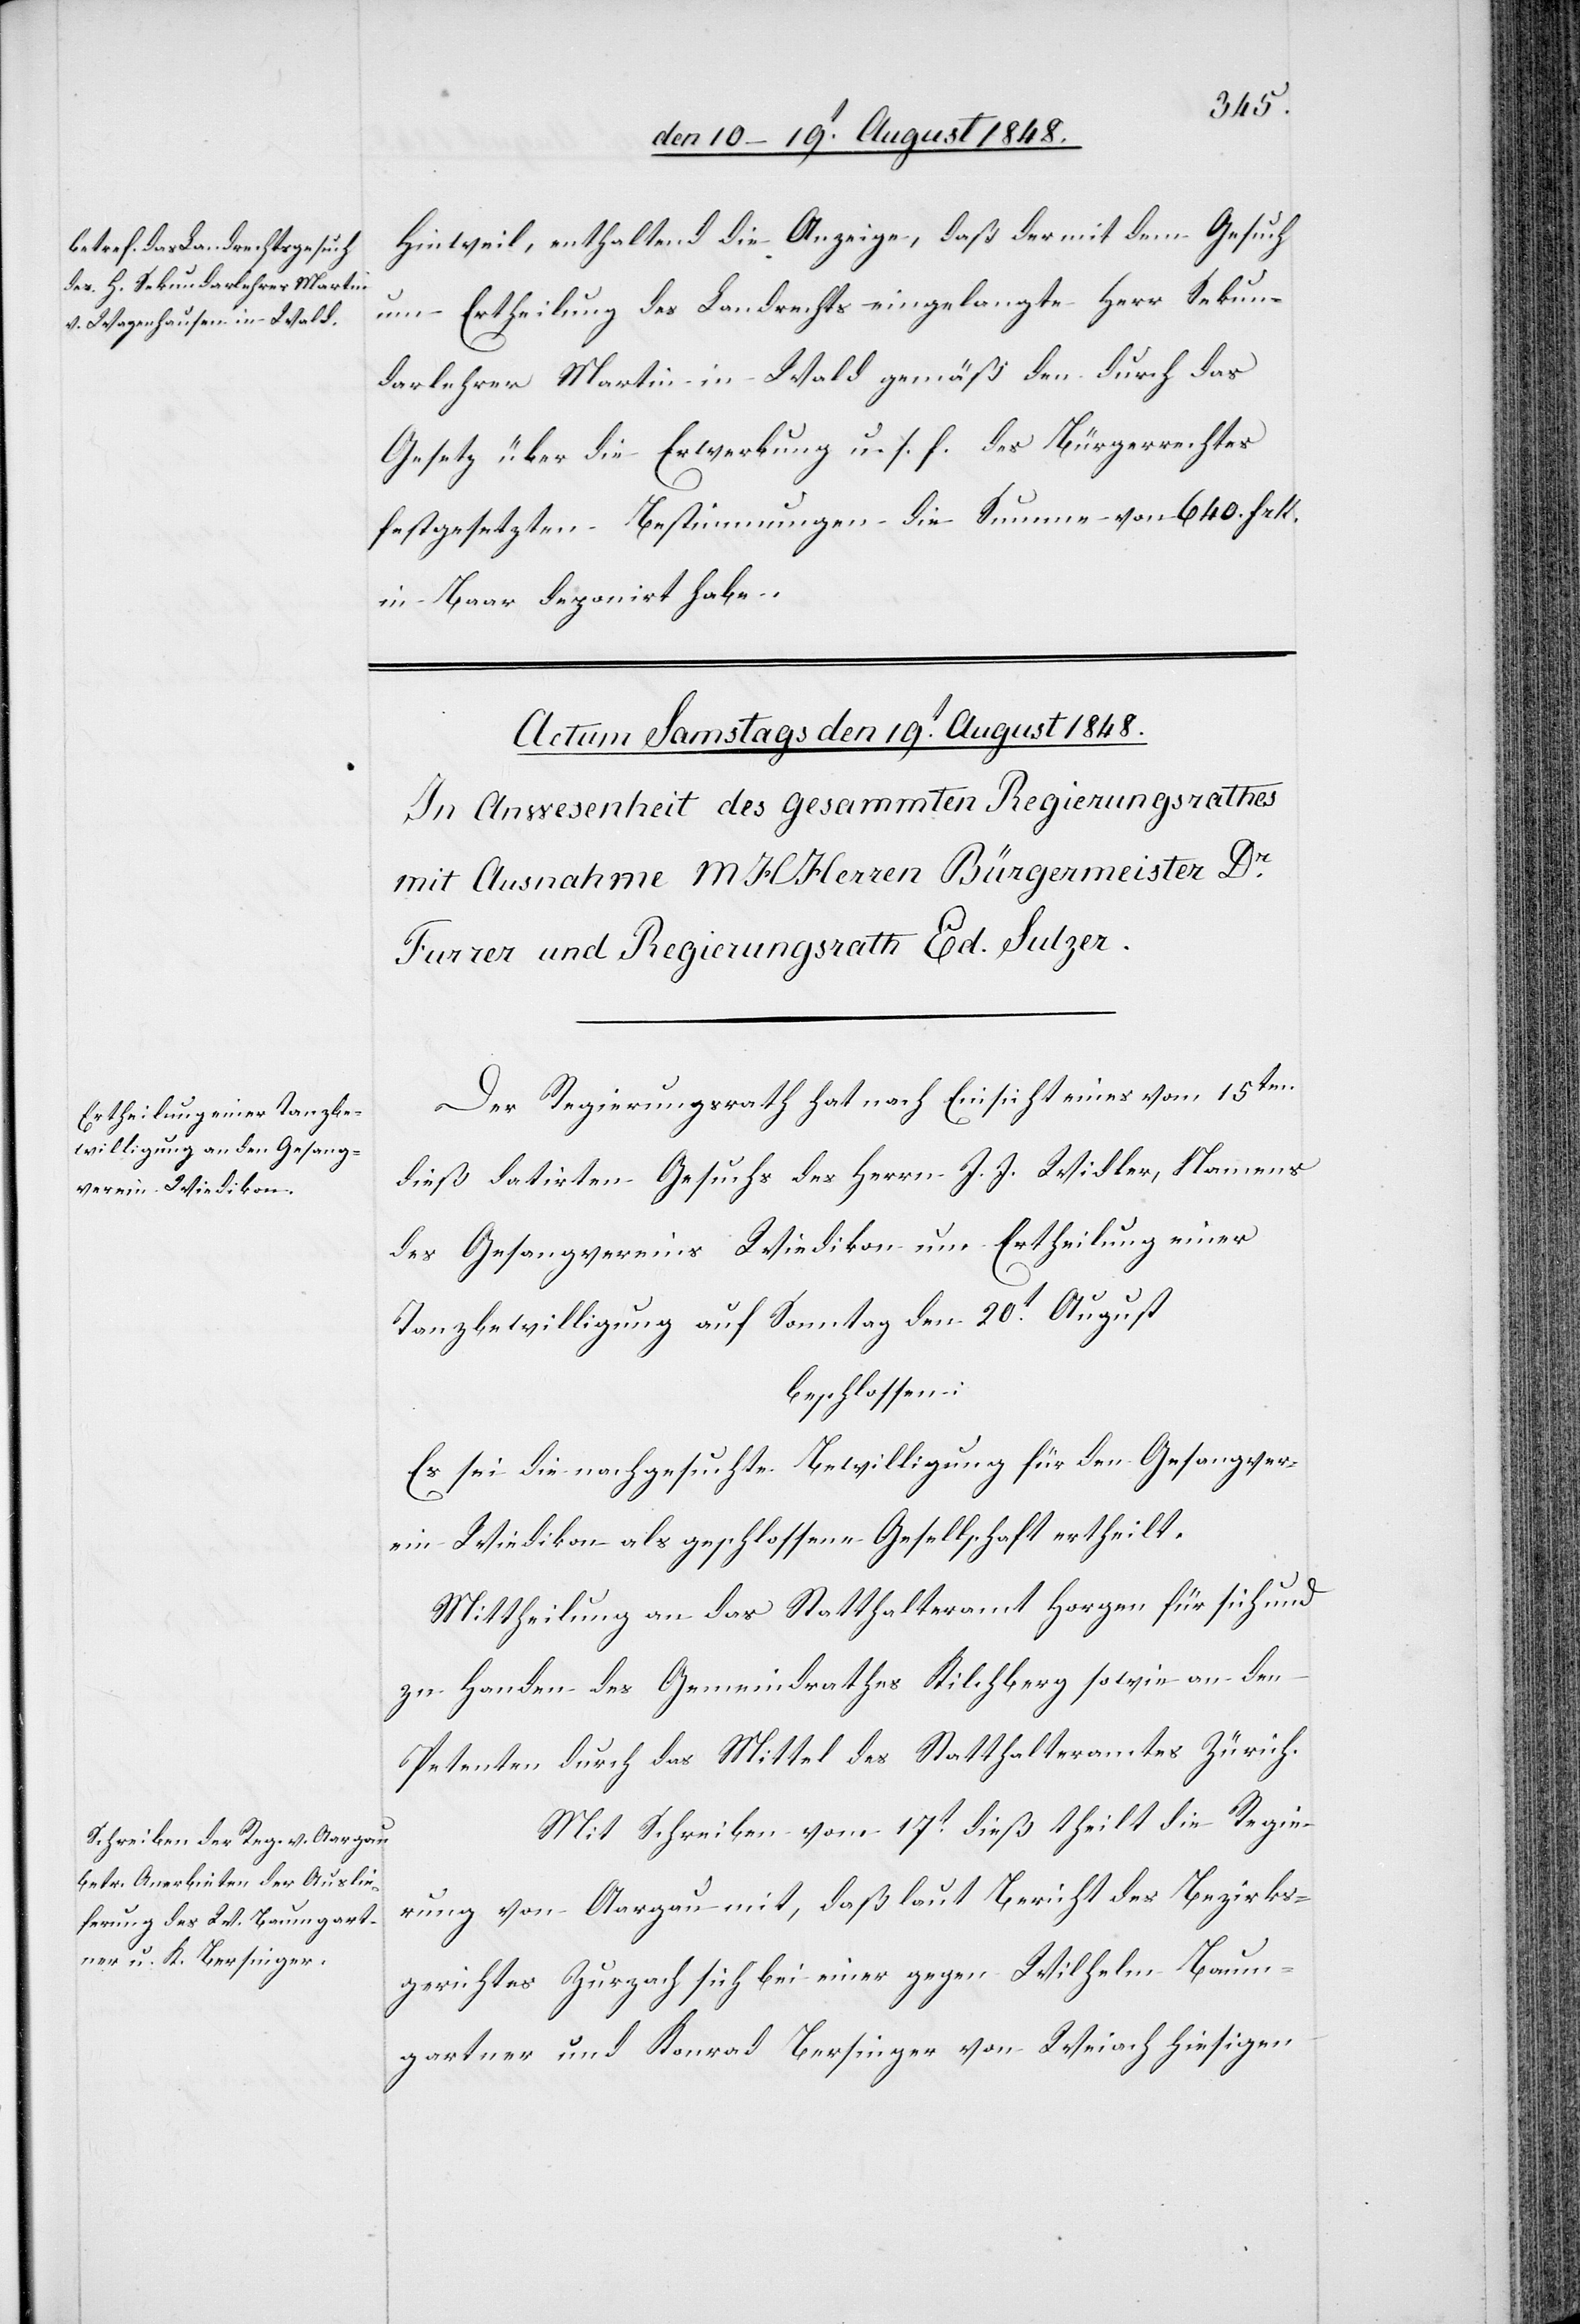
Hinweil, enthaltend die Anzeige, daß der mit dem Gesuch
um Ertheilung des Landrechts eingelangte Herr Sekun¬
darlehrer Martin in Wald gemäß den durch das
Gesetz über die Erwerbung u. s. f. des Bürgerrechtes
festgesetzten Bestimmungen die Summe von 640. Frk.
in Baar deponirt habe.
Der Regierungsrath hat nach Einsicht eines vom 15ten
dieß datirten Gesuchs des Herrn J. J. Widler, Namens
des Gesangvereins Wiedikon um Ertheilung einer
Tanzbewilligung auf Sonntag den 20t August
beschlossen:
Es sei die nachgesuchte Bewilligung für den Gesangver¬
ein Wiedikon als geschlossene Gesellschaft ertheilt.
Mittheilung an das Statthalteramt Horgen für sich und
zu Handen des Gemeindrathes Kilchberg sowie an den
Petenten durch das Mittel des Statthalteramtes Zürich.
Mit Schreiben vom 17t dieß theilt die Regie¬
rung von Aargau mit, daß laut Bericht des Bezirks¬
gerichtes Zurzach sich bei einer gegen Wilhelm Baum¬
gartner und Konrad Bersinger von Weiach hiesigen